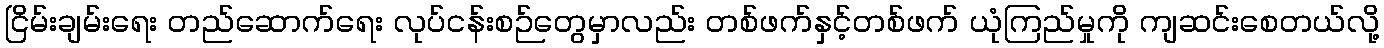
ငြိမ်းချမ်းရေး တည်ဆောက်ရေး လုပ်ငန်းစဉ်တွေမှာလည်း တစ်ဖက်နှင့်တစ်ဖက် ယုံကြည်မှုကို ကျဆင်းစေတယ်လို့